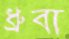
ধ্রুবা